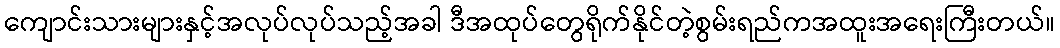
ကျောင်းသားများနှင့်အလုပ်လုပ်သည့်အခါ ဒီအထုပ်တွေရိုက်နိုင်တဲ့စွမ်းရည်ကအထူးအရေးကြီးတယ်။